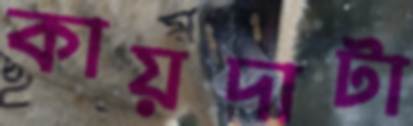
কায়দাটা